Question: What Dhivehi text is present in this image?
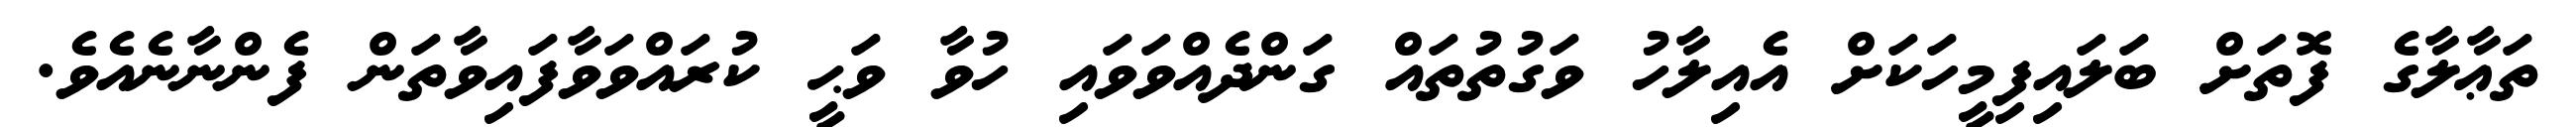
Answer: ތަޢާލާގެ ފޮތަށް ބަލައިފިމީހަކަށް އެއިލާހު ވަގުތުތައް ގަންދެއްވަވައި ހުވާ ވަޙީ ކުރައްވަވާފައިވާތަން ފެންނާނެއެވެ.